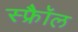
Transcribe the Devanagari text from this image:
स्फ्रैॉल